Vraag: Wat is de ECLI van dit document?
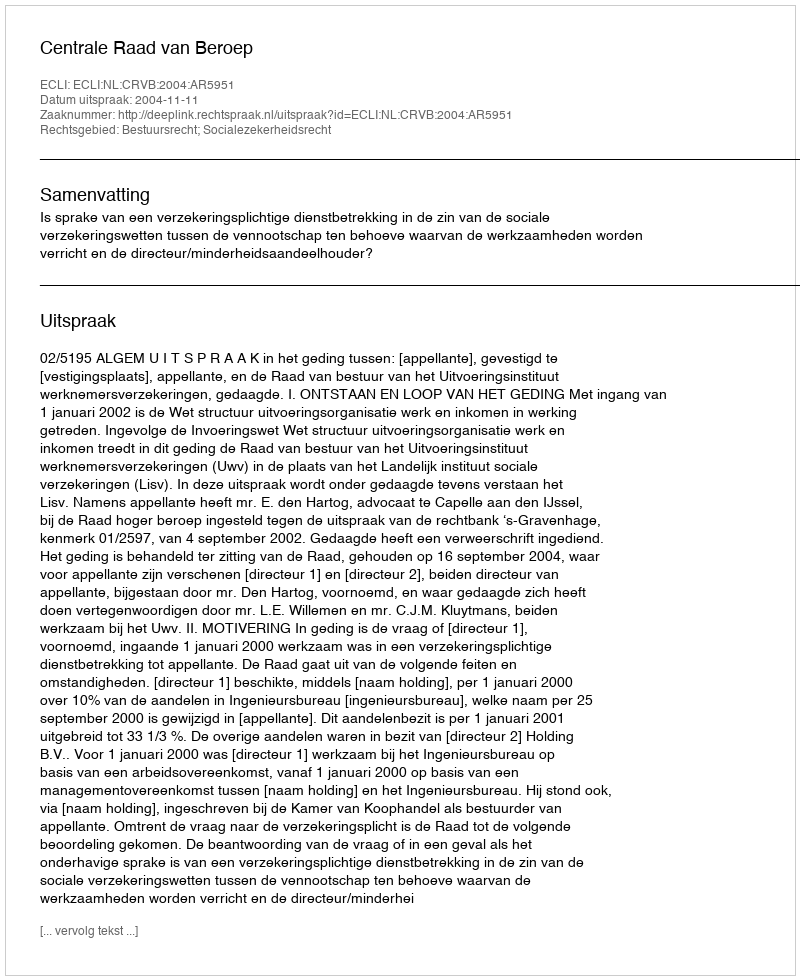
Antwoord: ECLI:NL:CRVB:2004:AR5951